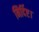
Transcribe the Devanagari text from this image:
निर्दिष्ट।